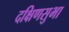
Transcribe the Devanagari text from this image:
दक्षिणसुभा